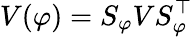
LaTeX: V(\varphi)=S_{\varphi}VS_{\varphi}^{\top}